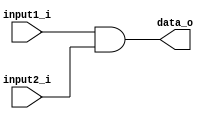
module And_Gat(
    input1_i,
    input2_i,
    data_o
);

input input1_i, input2_i;
output reg data_o;

always@(input1_i, input2_i) 
    data_o = (input1_i & input2_i);


endmodule